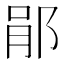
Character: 𨛡